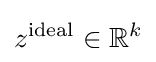
z^{\mathrm {ideal} }\in \mathbb {R} ^{k}